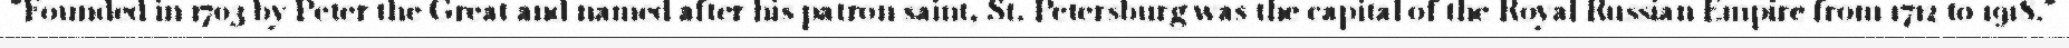
"Founded in 1703 by Peter the Great and named after his patron saint, St. Petersburg was the capital of the Royal Russian Empire from 1712 to 1918."